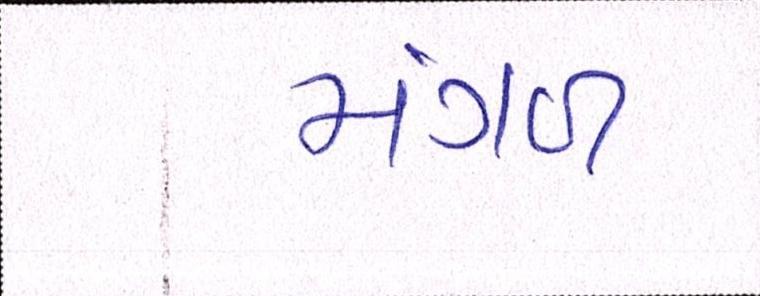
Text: મંગળ